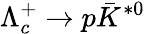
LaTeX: \Lambda_{c}^{+}\to p\bar{K}^{*0}